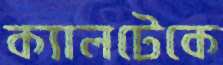
ক্যালটেকে